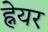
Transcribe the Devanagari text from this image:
ह्नेयर